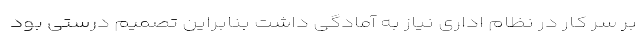
بر سر کار در نظام اداری نیاز به آمادگی داشت بنابراین تصمیم درستی بود